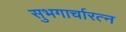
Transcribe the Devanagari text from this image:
सुभगार्चारत्न